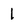
Character: 1